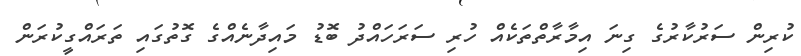
ކުރިން ސަރުކާރުގެ ގިނަ އިމާރާތްތަކެއް ހުރި ސަރަހައްދު ބޮޑު މައިދާނެއްގެ ގޮތުގައި ތަރައްގީކުރަން